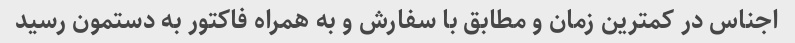
اجناس در کمترین زمان و مطابق با سفارش و به همراه فاکتور به دستمون رسید